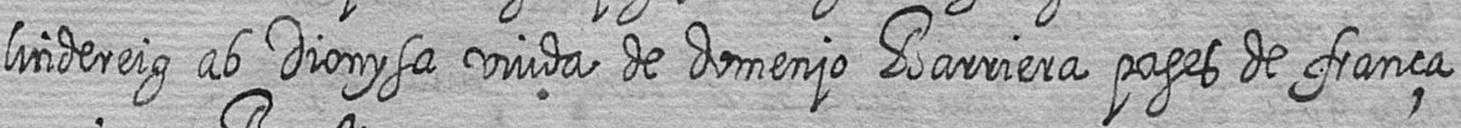
lin de reig ab Dionysa viuda de domenjo Barriera pages de frança